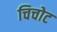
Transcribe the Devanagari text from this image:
चिचोट